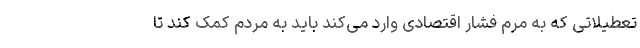
تعطیلاتی که به مرم فشار اقتصادی وارد می‌کند باید به مردم کمک کند تا